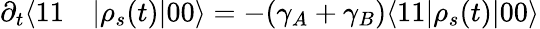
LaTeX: \begin{array}{rl}{\partial_{t}\langle 11}&{{}|\rho_{s}(t)|00\rangle=-(\gamma_{A}+\gamma_{B})\langle 11|\rho_{s}(t)|00\rangle}\end{array}